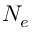
N _ { e }